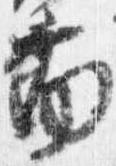
南